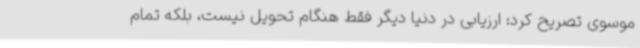
موسوی تصریح کرد: ارزیابی در دنیا دیگر فقط هنگام تحویل نیست، بلکه تمام